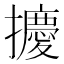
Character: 𪮿